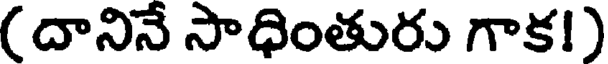
( దానినే సాధింతురు గాక!)